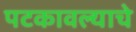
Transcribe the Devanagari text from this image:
पटकावल्याचे